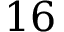
1 6